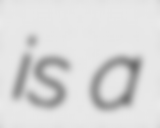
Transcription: is a